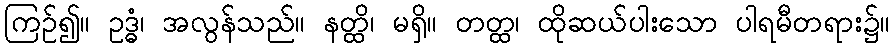
ကြဉ်၍။ ဥဒ္ဓံ၊ အလွန်သည်။ နတ္ထိ၊ မရှိ။ တတ္ထ၊ ထိုဆယ်ပါးသော ပါရမီတရား၌။